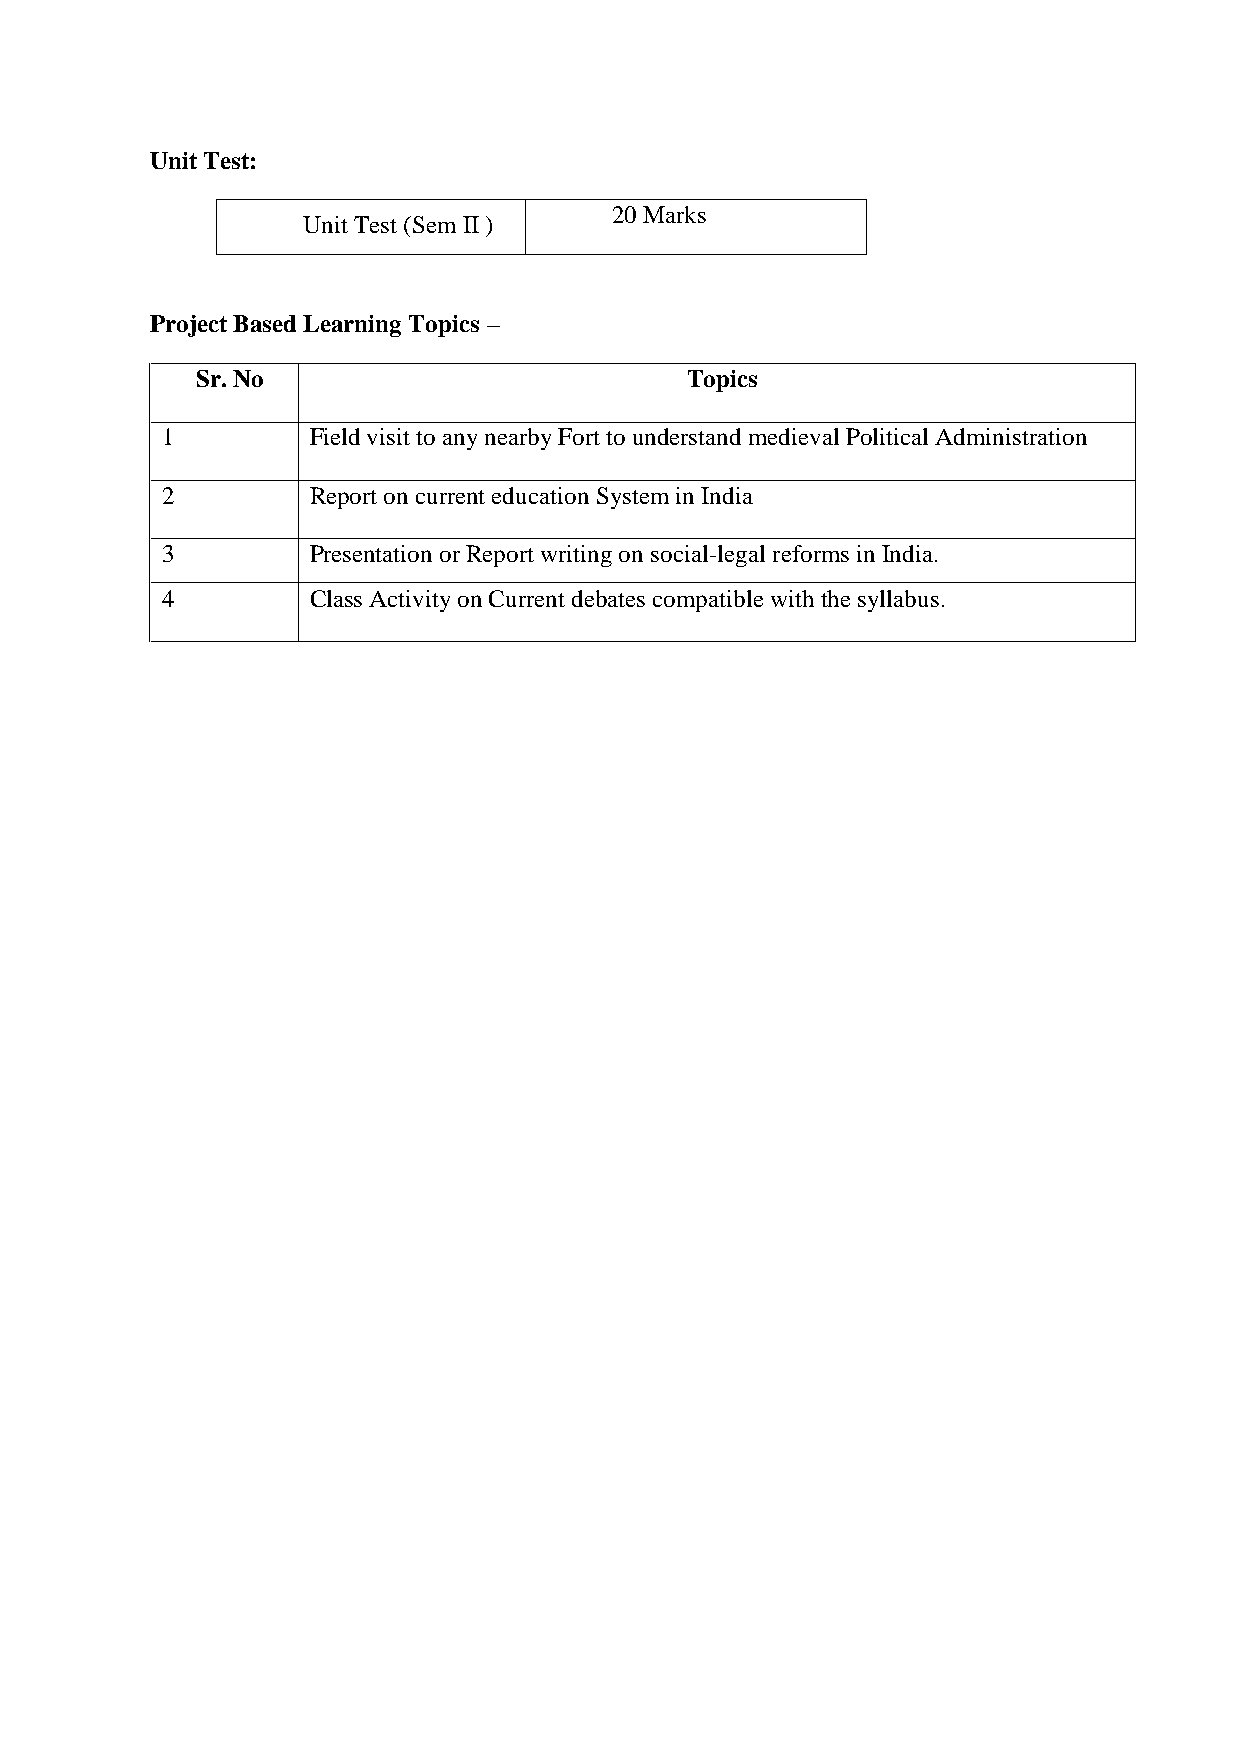
Unit Test:
 20 Marks
 Unit Test (Sem II )
 Project Based Learning Topics –
 Sr. No                          Topics
 1         Field visit to any nearby Fort to understand medieval Political Administration
 2         Report on current education System in India
 3         Presentation or Report writing on social-legal reforms in India.
 4         Class Activity on Current debates compatible with the syllabus.